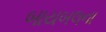
બાયબલના